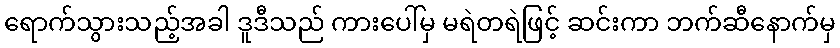
ရောက်သွားသည့်အခါ ဒူဒီသည် ကားပေါ်မှ မရဲတရဲဖြင့် ဆင်းကာ ဘက်ဆီနောက်မှ